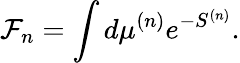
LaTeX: {\cal F}_{n}=\int d\mu^{(n)}e^{-S^{(n)}}.